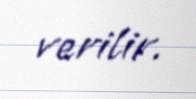
verilir.